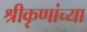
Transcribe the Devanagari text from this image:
श्रीकृणांच्या